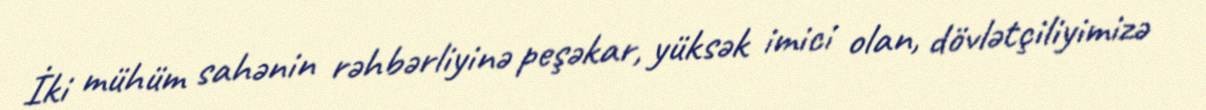
İki mühüm sahənin rəhbərliyinə peşəkar, yüksək imici olan, dövlətçiliyimizə